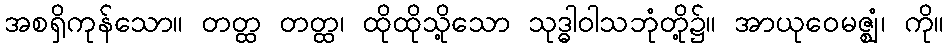
အစရှိကုန်သော။ တတ္ထ တတ္ထ၊ ထိုထိုသို့သော သုဒ္ဓါဝါသဘုံတို့၌။ အာယုဝေမဇ္ဈံ၊ ကို။